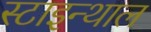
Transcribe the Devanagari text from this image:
स्टाइन्थाल